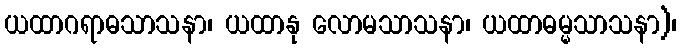
ယထာဂရာဓသာသနာ၊ ယထာနု လောမသာသနာ၊ ယထာဓမ္မသာသနာ)၊